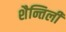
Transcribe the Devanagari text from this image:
शैन्तिली